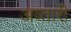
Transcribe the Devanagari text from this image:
अव्तारी